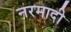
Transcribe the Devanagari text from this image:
नरमादी